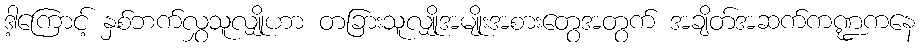
ဒါ့ကြောင့် နှစ်ဘက်လွှသူလျှိုဟာ တခြားသူလျှိုအမျိုးအစားတွေအတွက် အချိတ်အဆက်ကဏ္ဍကနေ